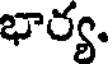
భార్య.